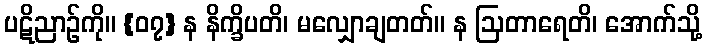
ပဋိညာဉ်ကို။ {၀၇} န နိက္ခိပတိ၊ မလျှောချတတ်။ န ဩတာရေတိ၊ အောက်သို့